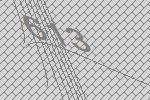
613